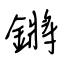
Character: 鏘